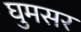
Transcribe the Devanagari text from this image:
घुमसर